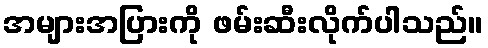
အများအပြားကို ဖမ်းဆီးလိုက်ပါသည်။